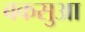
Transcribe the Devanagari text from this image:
बकसुआ